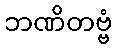
ဘဏိတဗ္ဗံ